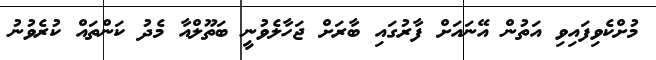
މުށްކެވިފައިވި އަތުން އޭނައަށް ފާރުގައި ބާރަށް ޖަހާލެވުނީ ބަތޫލްއާ މެދު ކަންތައް ކުރެވުނު